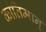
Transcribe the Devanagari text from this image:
कांतिमान्‌